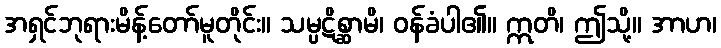
အရှင်ဘုရားမိန့်တော်မူတိုင်း။ သမ္ပဋိစ္ဆာမိ၊ ဝန်ခံပါ၏။ ဣတိ၊ ဤသို့။ အာဟ၊